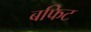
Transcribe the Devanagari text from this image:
बफिट